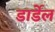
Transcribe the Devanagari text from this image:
डार्डेल